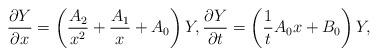
LaTeX: \begin{align*}\frac{\partial Y}{\partial x}= \left( \frac{A_2}{x^2}+\frac{A_1}{x}+A_0 \right)Y ,\frac{\partial Y}{\partial t}=\left( \frac{1}{t}A_0 x+B_0 \right)Y ,\end{align*}